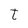
Character: t